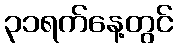
၃၁ရက်နေ့တွင်